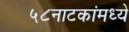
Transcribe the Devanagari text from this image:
५८नाटकांमध्ये